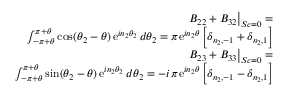
\begin{array} { r l r } & { } & { \left. B _ { 2 2 } + B _ { 3 2 } \right| _ { S c = 0 } = } \\ & { } & { \int _ { - \pi + \theta } ^ { \pi + \theta } \mathrm { c o s } ( \theta _ { 2 } - \theta ) \, \mathrm { e } ^ { i n _ { 2 } \theta _ { 2 } } \, d \theta _ { 2 } = \pi \mathrm { e } ^ { i n _ { 2 } \theta } \left[ \delta _ { n _ { 2 } , - 1 } + \delta _ { n _ { 2 } , 1 } \right] } \\ & { } & { \left. B _ { 2 3 } + B _ { 3 3 } \right| _ { S c = 0 } = } \\ & { } & { \int _ { - \pi + \theta } ^ { \pi + \theta } \mathrm { s i n } ( \theta _ { 2 } - \theta ) \, \mathrm { e } ^ { i n _ { 2 } \theta _ { 2 } } \, d \theta _ { 2 } = - i \, \pi \mathrm { e } ^ { i n _ { 2 } \theta } \left[ \delta _ { n _ { 2 } , - 1 } - \delta _ { n _ { 2 } , 1 } \right] } \end{array}